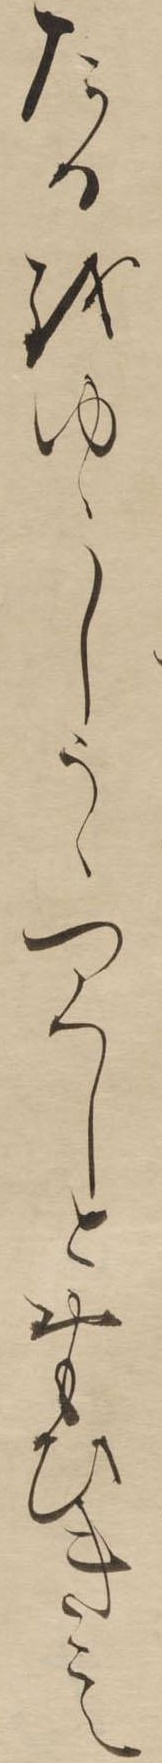
たるをゆゝしうゝつくしとおもひきこえ